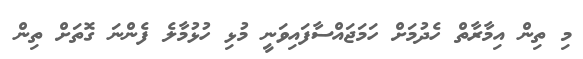
މި ތިން އިމާރާތް ހެދުމަށް ހަމަޖައްސާފައިވަނީ މުޅި ހުޅުމާލެ ފެންނަ ގޮތަށް ތިން